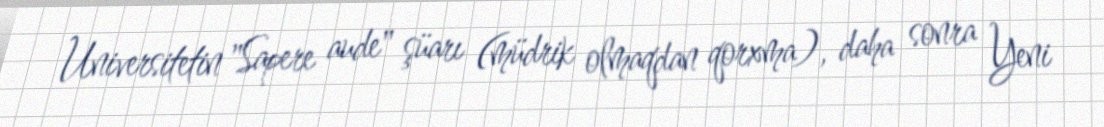
Universitetin "Sapere aude" şüarı (müdrik olmaqdan qorxma), daha sonra Yeni